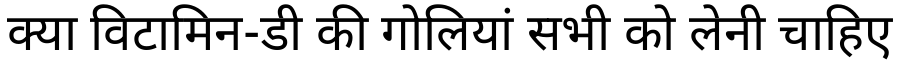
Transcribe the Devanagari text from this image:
क्या विटामिन-डी की गोलियां सभी को लेनी चाहिए